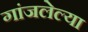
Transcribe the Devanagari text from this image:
गांजलेल्या